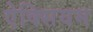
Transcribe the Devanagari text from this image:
ऐक्सियम